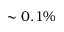
\sim 0 . 1 \%